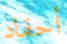
أحفاد